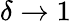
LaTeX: \delta\to 1